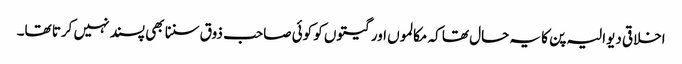
اخلاقی دیوالیہ پن کا یہ حال تھا کہ مکالموں اور گیتوں کو کوئی صاحب ذوق سننا بھی پسند نہیں کرتا تھا۔